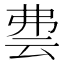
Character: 𬽀